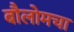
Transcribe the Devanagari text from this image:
बौलोमचा